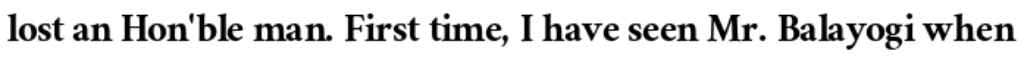
lost an Hon'ble man. First time, I have seen Mr. Balayogi when